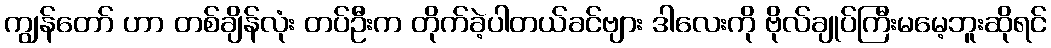
ကျွန်တော် ဟာ တစ်ချိန်လုံး တပ်ဦးက တိုက်ခဲ့ပါတယ်ခင်ဗျား ဒါလေးကို ဗိုလ်ချုပ်ကြီးမမေ့ဘူးဆိုရင်